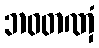
ဘဝတဏှံ